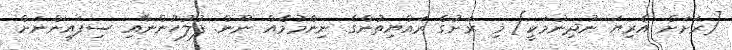
[ރަށަށް އެރިޔަ ނުދިނުމަކީ] މި ރަށުގެ ރައްޔިތުންގެ ނިންމުމެއް ނޫން. ފުލުހުންނާއި ސިފައިންނަށް